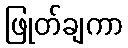
ဖြုတ်ချကာ